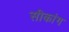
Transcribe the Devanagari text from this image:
सीकांग